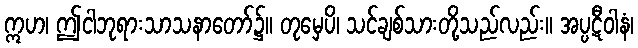
ဣဟ၊ ဤငါဘုရားသာသနာတော်၌။ တုမှေပိ၊ သင်ချစ်သားတို့သည်လည်း။ အပ္ပဋီဝါနံ၊